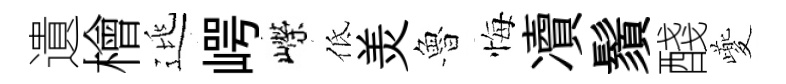
遺檜逃崿嶸低羙魯悔凟鬚醆夔